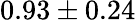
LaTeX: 0.93\pm 0.24